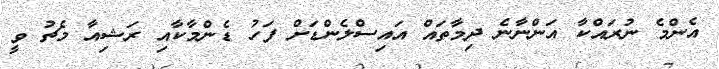
އެންމެ ނުރައްކާ އަންނާނެ ދިމާތައް އައިސްލެންޑަށް ފަހު ޑެންމާކާއި ރަޝިއާ މެޗު ވީ